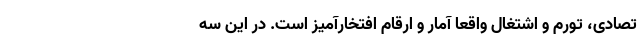
تصادی، تورم و اشتغال واقعا آمار و ارقام افتخارآمیز است. در این سه